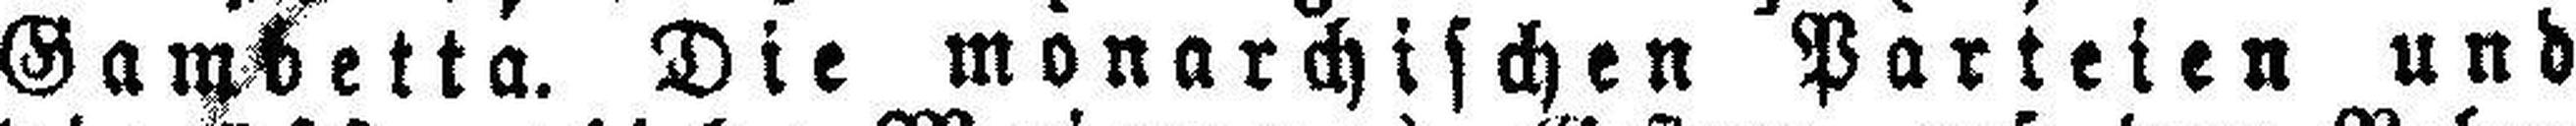
Gambetta. Die monarchischen Parteien und